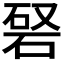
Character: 𥓆